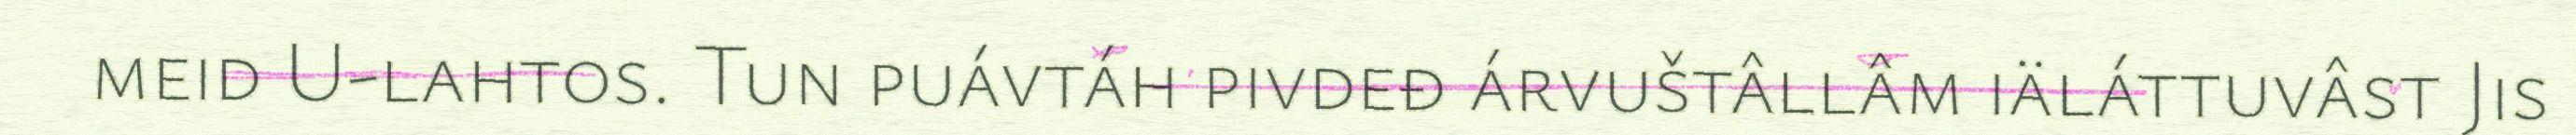
meid U-lahtos. Tun puávtáh pivdeđ árvuštâllâm iäláttuvâst Jis